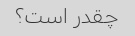
چقدر است؟